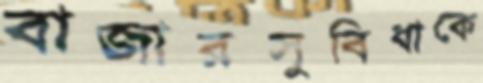
বাজারসুবিধাকে